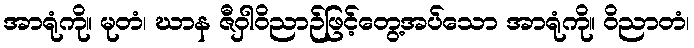
အာရုံကို။ မုတံ၊ ဃာန ဇီဝှါဝိညာဉ်ဖြင့်တွေ့အပ်သော အာရုံကို။ ဝိညာတံ၊